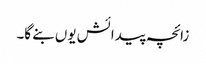
زائچہ پیدائش یوں بنے گا۔